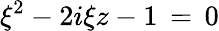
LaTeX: \xi^{2}-2i\xi z-1\, =\, 0